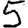
Digit: 5